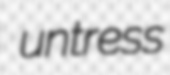
untress